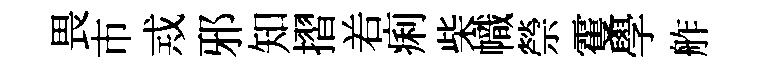
畏市𢦶邪知摺𠰥痢柴幟禜䨥學舴